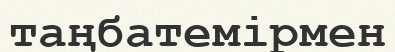
таңбатемірмен